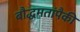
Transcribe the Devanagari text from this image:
बौद्धमतांपैकी